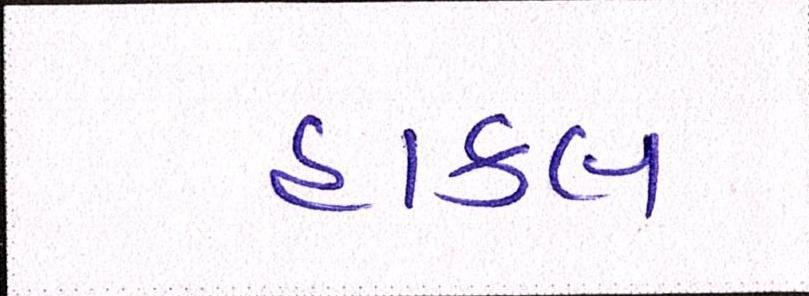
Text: હાકલ